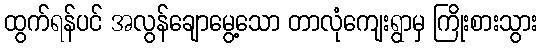
ထွက်ရန်ပင် အလွန်ချောမွေ့သော တာလုံကျေးရွာမှ ကြိုးစားသွား